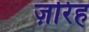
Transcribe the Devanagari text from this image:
ज़रिह